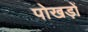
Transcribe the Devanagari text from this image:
पोखड़ों